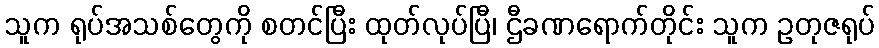
သူက ရုပ်အသစ်တွေကို စတင်ပြီး ထုတ်လုပ်ပြီ၊ ဌီခဏရောက်တိုင်း သူက ဥတုဇရုပ်